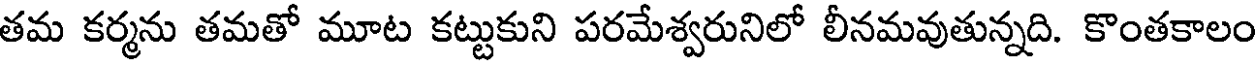
తమ కర్మను తమతో మూట కట్టుకుని పరమేశ్వరునిలో లీనమవుతున్నది. కొంతకాలం